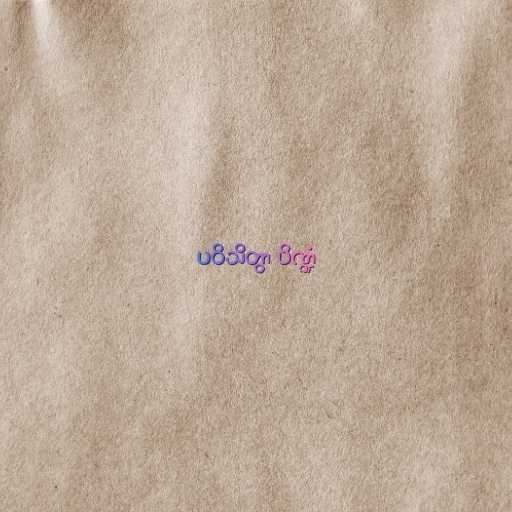
ပဝိသိတွာ ပိဏ္ဍံ